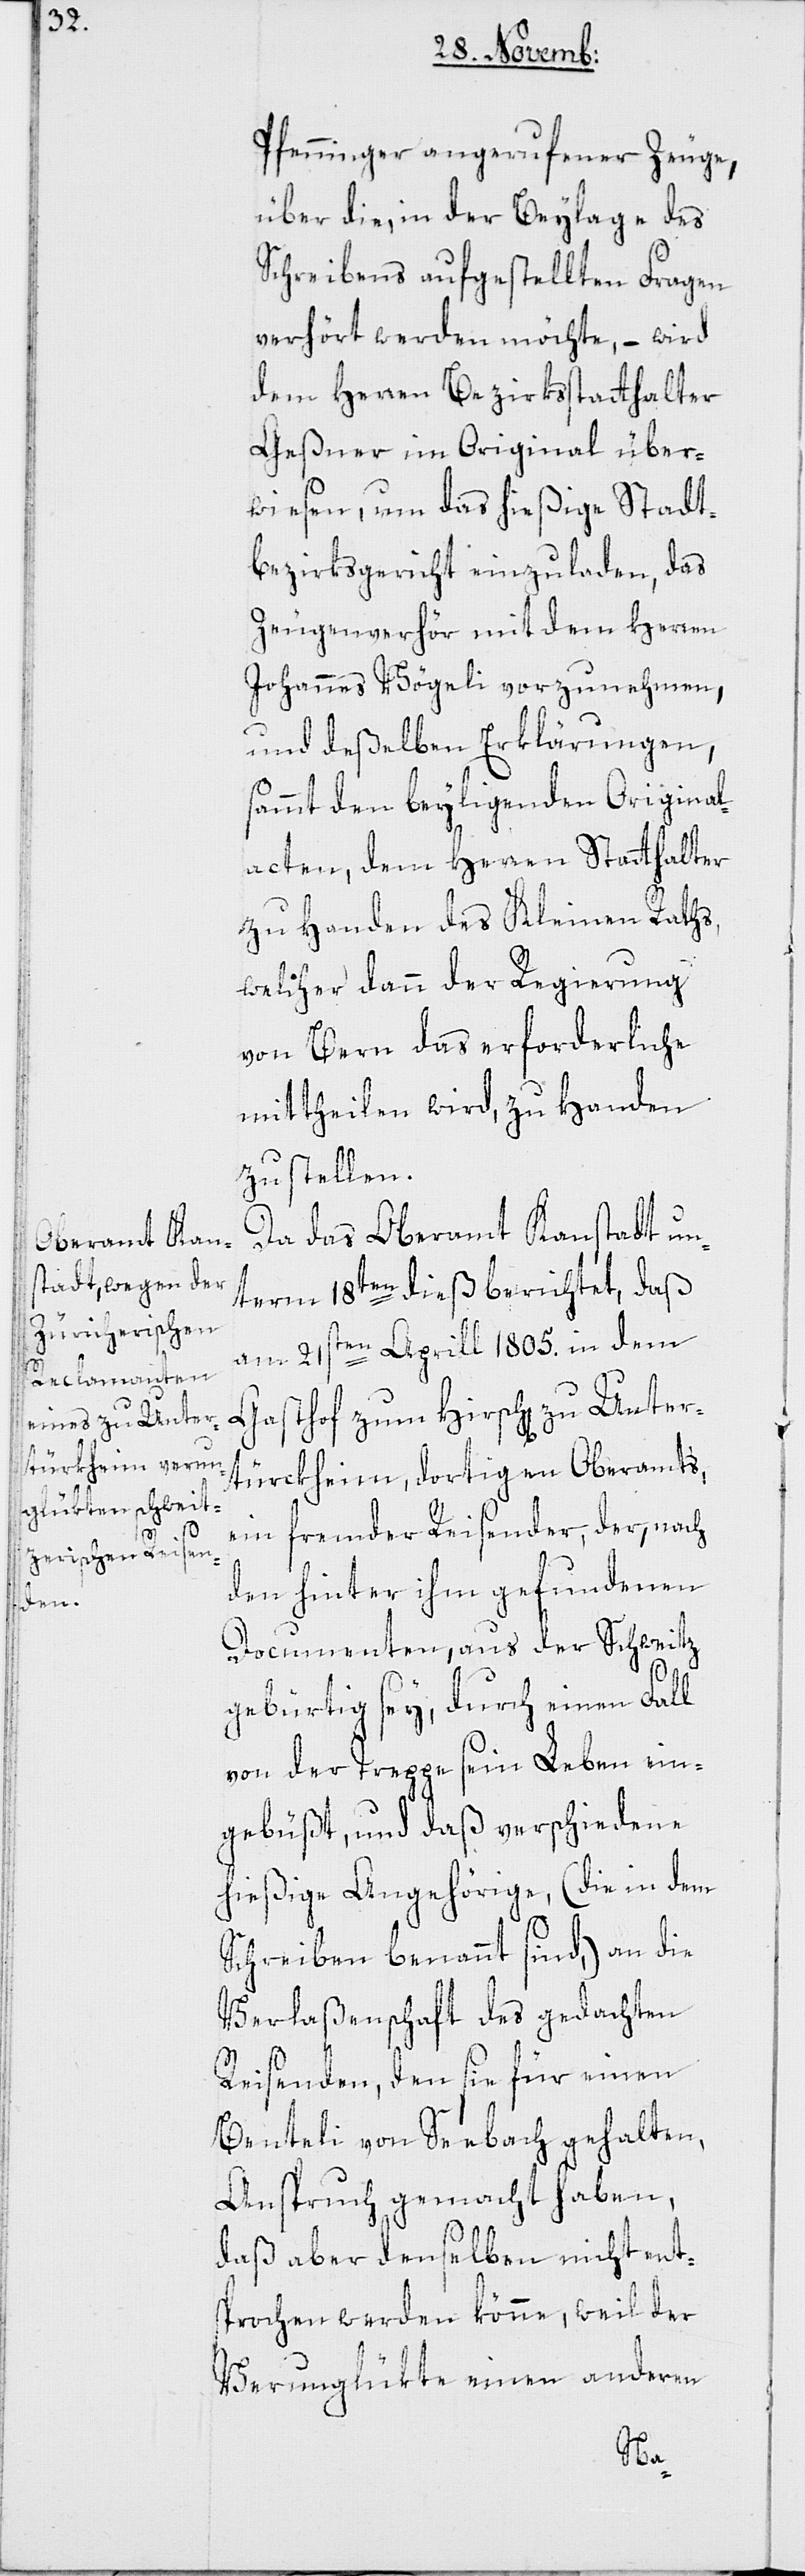
Pfenninger angerufener Zeuge,
über die, in der Beylage des
Schreibens aufgestellten Fragen
verhört werden möchte, – wird
dem Herren Bezirksstatthalter
Geßner im Original über¬
wiesen, um das hießige Stadt¬
bezirksgericht einzuladen, das
Zeugenverhör mit dem Herren
Johannes Vögeli vorzunehmen,
und deßelben Erklärungen,
sammt den beyliegenden Original¬
acten, dem Herren Statthalter
zu Handen des Kleinen Raths,
welcher dann der Regierung
von Bern das erforderliche
mittheilen wird, zu Handen
zu stellen.
Da das Oberamt Kanstadt un¬
term 18ten dieß berichtet, daß
am 21sten Aprill 1805. in dem
Gasthof zum Hirschen zu Unter¬
türckheim, dortigen Oberamts,
ein fremder Reisender, der, nach
den hinter ihm gefundenen
Documenten, aus der Schweitz
gebürtig ses, durch einen Fall
von der Treppe sein Leben ein¬
gebüßt, und daß verschiedene
hießige Angehörige, (die in dem
Schreiben benannt sind,) an die
Verlaßenschaft des gedachten
Reisenden, den sie für einen
Benteli von Seebach gehalten,
Anspruch gemacht haben,
daß aber denselben nicht ent¬
sprochen werden könne, weil der
Verunglükte einen anderen